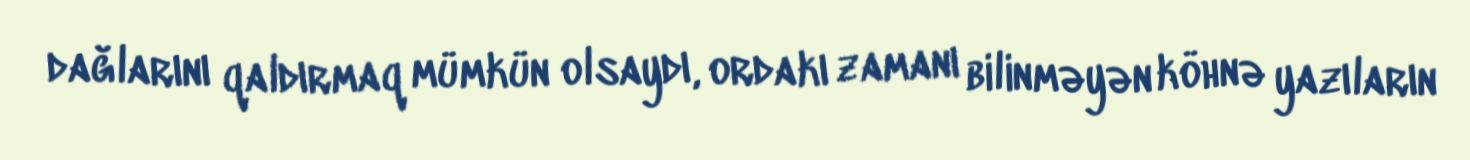
dağlarını qaldırmaq mümkün olsaydı, ordakı zamanı bilinməyən köhnə yazıların